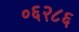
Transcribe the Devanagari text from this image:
०६२८६